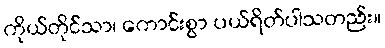
ကိုယ်တိုင်သာ၊ ကောင်းစွာ ပယ်ရိတ်ပါသတည်း။